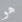
هو